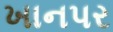
ખાનપર